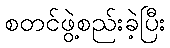
စတင်ဖွဲ့စည်းခဲ့ပြီး